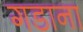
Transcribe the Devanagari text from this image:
गडाना